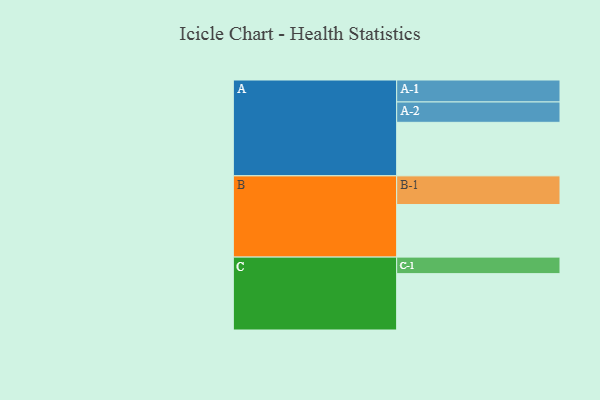
{"axis": {"x": "Segment", "y": "Value"}, "legend": ["", "A", "B", "C"], "data": [{"x": "A", "y": 473, "type": ""}, {"x": "B", "y": 465, "type": ""}, {"x": "C", "y": 498, "type": ""}, {"x": "A-1", "y": 194, "type": "A"}, {"x": "A-2", "y": 180, "type": "A"}, {"x": "B-1", "y": 253, "type": "B"}, {"x": "C-1", "y": 146, "type": "C"}]}